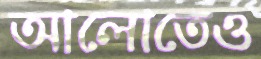
আলোতেও